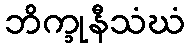
ဘိက္ခုနီသံဃံ